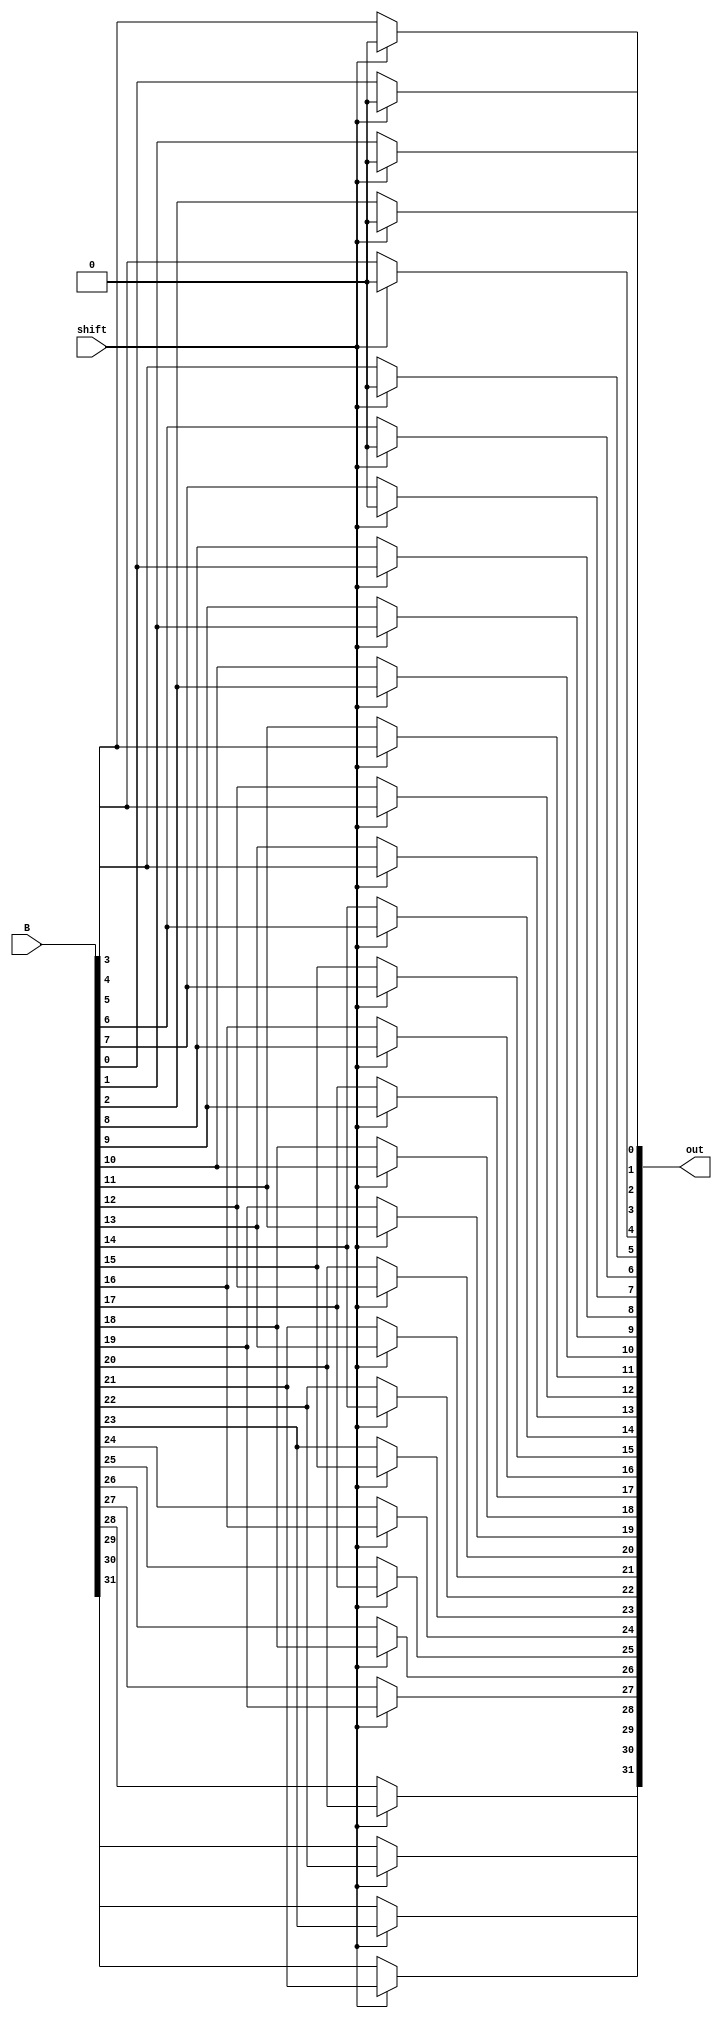
module SLL_8bit  (B, shift, out);
	input[31:0] B;
	input shift;
	output[31:0] out;
	
	genvar i;
	generate
		for (i=0; i<32; i=i+1) begin:mux
			if (i<8)
				assign out[i] = (shift == 0) ? B[i] : 0;
			else
				assign out[i] = (shift == 0) ? B[i] : B[i-8];
		end
	endgenerate
	
endmodule